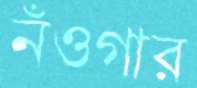
নঁওগার